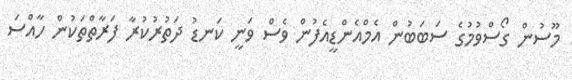
މޫސުން ގޯސްވުމުގެ ސަބަބުން އެމްއެންޑީއެފުން ވެސް ވަނީ ކަނޑު ދަތުރުކުރާ ފަރާތްތަކުން ހާއްސަ